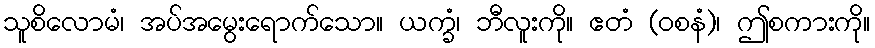
သူစိလောမံ၊ အပ်အမွေးရောက်သော။ ယက္ခံ၊ ဘီလူးကို။ ဧတံ (ဝစနံ)၊ ဤစကားကို။